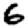
Digit: 6